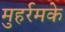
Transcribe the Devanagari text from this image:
मुहर्रमके